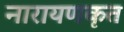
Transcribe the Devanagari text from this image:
नारायणकृत